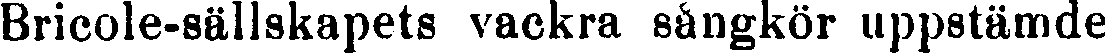
Bricole-sällskapets vackra sångkör uppstämde